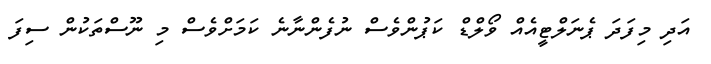
އަދި މިފަދަ ޕެނަލްޓީއެއް ވޯލްޑް ކަޕުންވެސް ނުފެންނާނެ ކަމަށްވެސް މި ނޫސްތަކުން ސިފަ